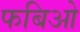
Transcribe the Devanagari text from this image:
फबिओ